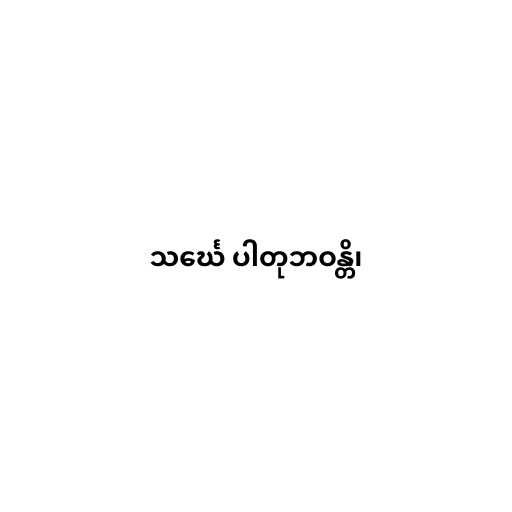
သင်္ဃေ ပါတုဘဝန္တိ၊